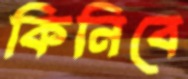
কিনিবে